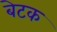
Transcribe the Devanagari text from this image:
बेटक